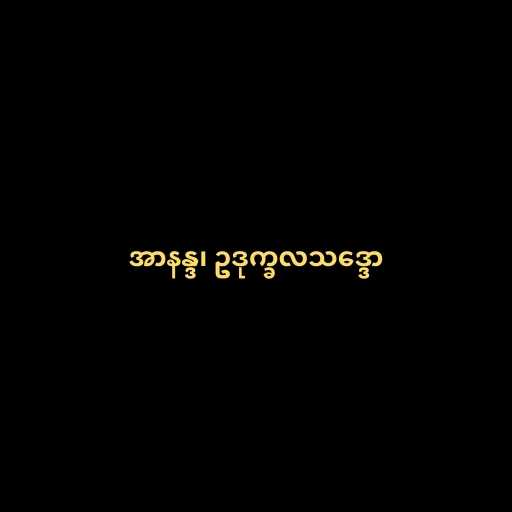
အာနန္ဒ၊ ဥဒုက္ခလသဒ္ဒော